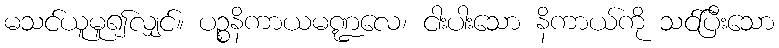
မသင်ယူမူ၍လျှင်။ ပဉ္စနိကာယမဏ္ဍလေ၊ ငါးပါးသော နိကာယ်ကို သင်ပြီးသော